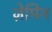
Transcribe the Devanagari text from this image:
ज़ेमिन